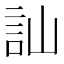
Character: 訕